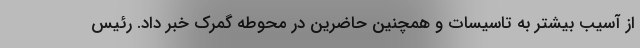
از آسیب بیشتر به تاسیسات و همچنین حاضرین در محوطه گمرک خبر داد. رئیس